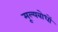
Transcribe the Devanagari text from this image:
मूल्यबोधों